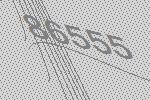
86555